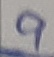
Text: 9